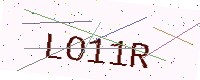
Text: LO11R